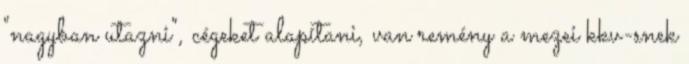
"nagyban utazni", cégeket alapítani, van remény a mezei kkv-snek